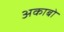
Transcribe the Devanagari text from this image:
अकाबो